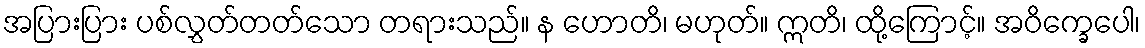
အပြားပြား ပစ်လွှတ်တတ်သော တရားသည်။ န ဟောတိ၊ မဟုတ်။ ဣတိ၊ ထို့ကြောင့်။ အဝိက္ခေပေါ၊